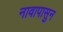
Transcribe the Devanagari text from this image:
नावापासुन